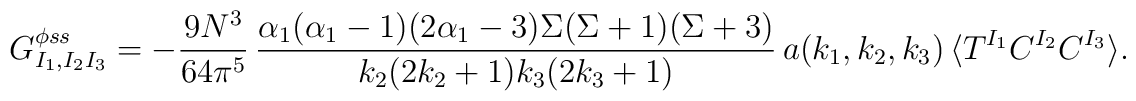
G^{\phi ss}_{I_1, I_2 I_3} = -\frac{9 N^3}{64 \pi^5} \, \frac{ \alpha_1(\alpha_1-1)(2\alpha_1-3)\Sigma(\Sigma+1)(\Sigma+3)}{ k_2 (2k_2+1) k_3 (2k_3+1)} \,  a(k_1,k_2,k_3) \, \langle T^{I_1} C^{I_2} C^{I_3} \rangle. \vbox{\vskip8mm}